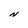
Character: N